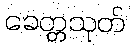
ခေတ္တသုတ်